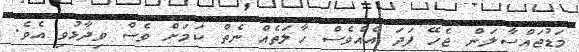
މަޑުޖައްސާލަން ޖެހޭ ފަދަ އެއްވެސް ހާލަތެއް ނެތް ކަމަށް ވެސް ވިދާޅުވި އެވެ.